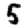
Digit: 5